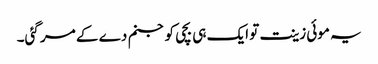
یہ موئی زینت تو ایک ہی بچی کو جنم دے کے مر گئی۔